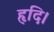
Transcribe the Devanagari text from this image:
हृदि।